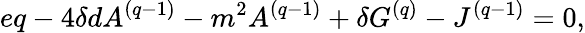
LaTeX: eq-4\delta dA^{(q-1)}-m^{2}A^{(q-1)}+\delta G^{(q)}-J^{(q-1)}=0,